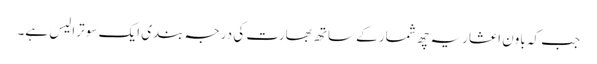
جب کہ باون اعشاریہ چھ شمار کے ساتھ بھارت کی درجہ بندی ایک سو ترالیس ہے۔